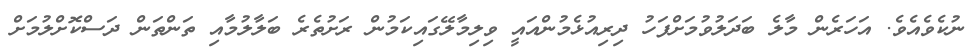
ނުކެވެއެވެ. އަހަރެން މާލެ ބަދަލުވުމަށްފަހު ދިރިއުޅެމުންއައީ ވިލިމާލޭގައިކަމުން ރަށުތެރެ ބަލާލުމާއި ތަންތަން ދަސްކޮށްލުމަށް